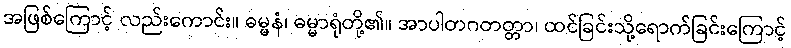
အဖြစ်ကြောင့် လည်းကောင်း။ ဓမ္မနံ၊ ဓမ္မာရုံတို့၏။ အာပါတဂတတ္တာ၊ ထင်ခြင်းသို့ရောက်ခြင်းကြောင့်